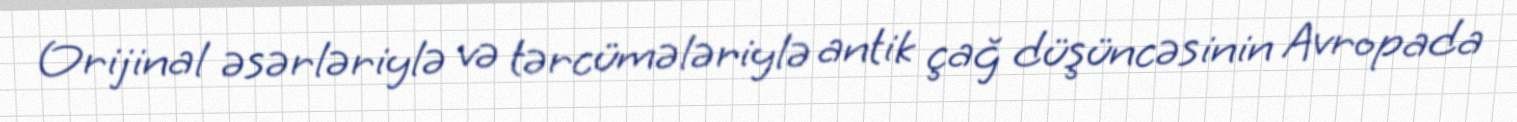
Orijinal əsərləriylə və tərcümələriylə antik çağ düşüncəsinin Avropada